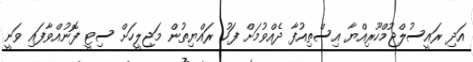
އަދި ރައީސުލްޖުމްހޫރިއްޔާ އިސްތިއުފާ ދެއްވުމަށް ފަހު ރައްޔިތުން މަޖިލީހަށް ސިޓީ ފޮނުއްވާފައި ވަނީ